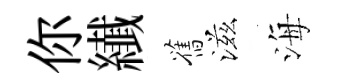
你纎舊滋海